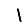
Digit: 1